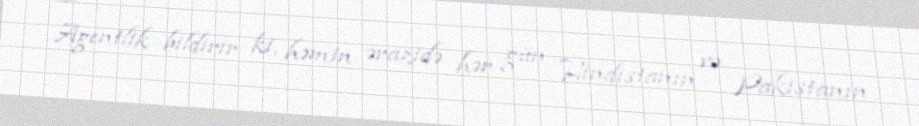
Agentlik bildirir ki, həmin ərazidə hər gün Hindistanın və Pakistanın